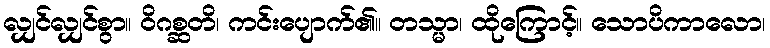
လျှင်လျှင်စွာ။ ဝိဂစ္ဆတိ၊ ကင်းပျောက်၏။ တသ္မာ၊ ထိုကြောင့်။ သောပိကာလော၊